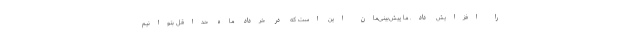
را افزایش داد. ما پیش‌بینی‌مان این است که در خرداد ماه حداقل بتوانیم